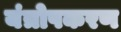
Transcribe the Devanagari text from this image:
यंत्रोपकरण